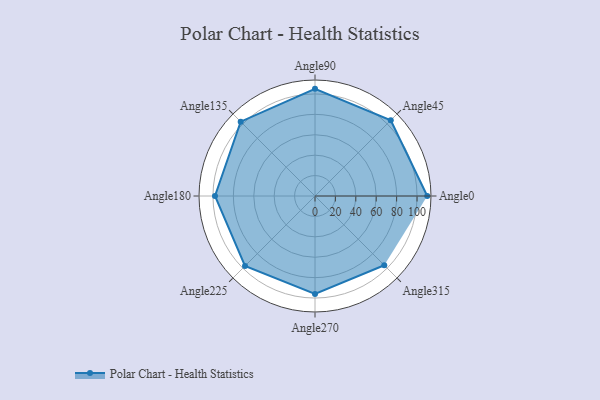
{"axis": {"x": "Angle", "y": "Radius"}, "legend": [""], "data": [{"x": "Angle0", "y": 110.0, "type": ""}, {"x": "Angle45", "y": 105.0, "type": ""}, {"x": "Angle90", "y": 105.0, "type": ""}, {"x": "Angle135", "y": 103.0, "type": ""}, {"x": "Angle180", "y": 98.0, "type": ""}, {"x": "Angle225", "y": 97.0, "type": ""}, {"x": "Angle270", "y": 96.0, "type": ""}, {"x": "Angle315", "y": 96.0, "type": ""}]}